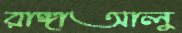
রাঙ্গাআলু